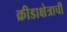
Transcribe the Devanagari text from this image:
क्रीडाक्षेत्राची